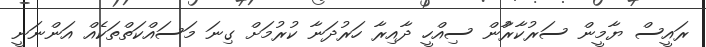
ރައީސް ޔާމީން ސަރުކާރާުން ސިއްހީ ދާއިރާ ހަރުދަނާ ކުރުމަށް ގިނަ މަސައްކަތްތަކެއް އަންނަނީ